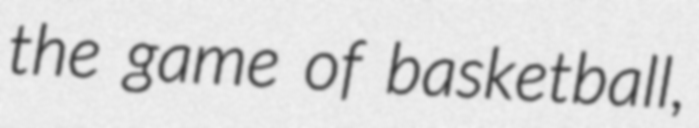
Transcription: the game of basketball,